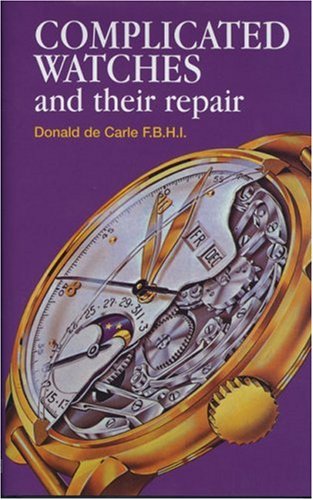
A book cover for Complicated Watches and Their Repair; Donald de Carle; Crafts, Hobbies & Home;